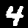
Digit: 4